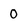
Character: 0